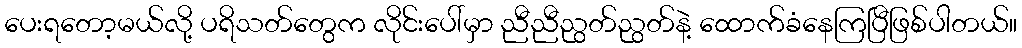
ပေးရတော့မယ်လို့ ပရိသတ်တွေက လိုင်းပေါ်မှာ ညီညီညွတ်ညွတ်နဲ့ ထောက်ခံနေကြပြီဖြစ်ပါတယ်။